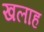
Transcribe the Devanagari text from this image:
खलाह